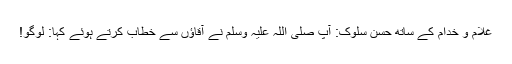
غلام و خدام کے ساتھ حسن سلوک: آپ صلی اللہ علیہ وسلم نے آقاؤں سے خطاب کرتے ہوئے کہا: لوگو!